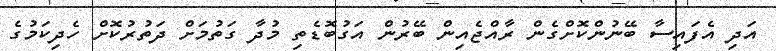
އަދި އެފައިސާ ބޭނުންކޮށްގެން ރާއްޖެއިން ބޭރުން އަގުބޮޑެތި މުދާ ގަތުމަށް ދަތުުރުކޮށް ހެދިކަމުގެ